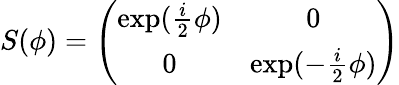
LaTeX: S(\phi)=\left(\begin{array}{cc}{{\exp(\frac{i}{2}\phi)}}&{{0}}\\ {{0}}&{{\exp(-\frac{i}{2}\phi)}}\end{array}\right)